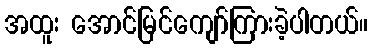
အထူး အောင်မြင်ကျော်ကြားခဲ့ပါတယ်။